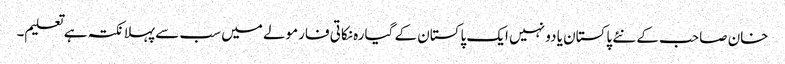
خان صاحب کے نئے پاکستان یا دو نہیں ایک پاکستان کے گیارہ نکاتی فارمولے میں سب سے پہلا نکتہ ہے تعلیم۔